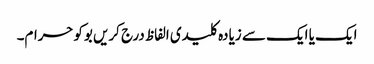
ایک یا ایک سے زیادہ کلیدی الفاظ درج کریں بوکوحرام۔